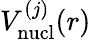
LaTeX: V_{\mathrm{nucl}}^{(j)}(r)